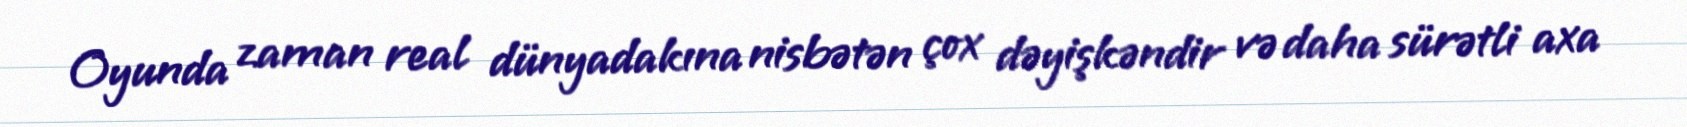
Oyunda zaman real dünyadakına nisbətən çox dəyişkəndir və daha sürətli axa